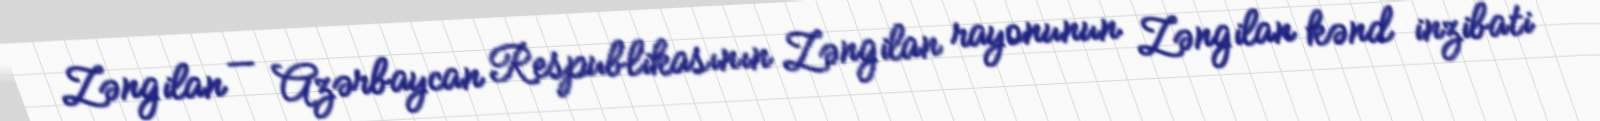
Zəngilan — Azərbaycan Respublikasının Zəngilan rayonunun Zəngilan kənd inzibati